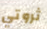
ثروتي